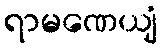
ရာမဏေယျံ